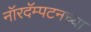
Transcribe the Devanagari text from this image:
नॉरदॅम्पटनच्या